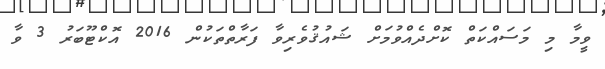
ވީމާ މި މަސައްކަތް ކޮށްދެއްވުމަށް ޝައުޤުވެރިވާ ފަރާތްތަކުން 2016 އޮކްޓޫބަރު 3 ވާ